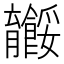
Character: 𬛠